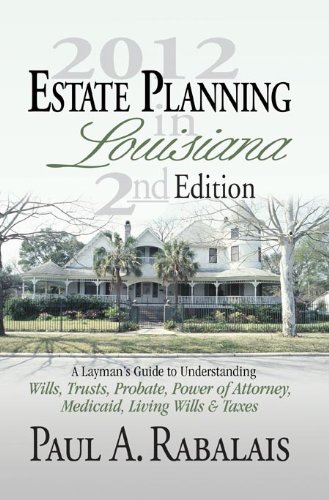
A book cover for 2013 Estate Planning in Louisiana 3rd Edition: A Layman's Guide to Understanding Wills, Trusts, Probate, Power of Attorney, Medicaid, Living Wills & Taxes; Paul A. Rabalais; Law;